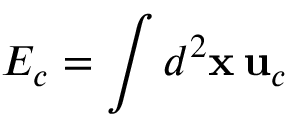
E _ { c } = \int d ^ { 2 } \mathbf { x } \, \mathbf { u } _ { c }